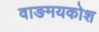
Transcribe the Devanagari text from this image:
वाङमयकोश